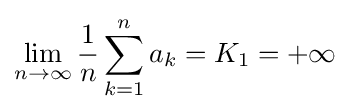
\lim _{n\to \infty }{\frac {1}{n}}\sum _{k=1}^{n}a_{k}=K_{1}=+\infty